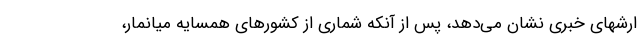
ارشهای خبری نشان می‌دهد، پس از آنکه شماری از کشورهای همسایه میانمار،